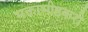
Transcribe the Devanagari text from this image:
भक्ताभीष्टकरी